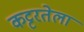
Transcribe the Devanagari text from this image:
कट्टरतेला